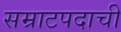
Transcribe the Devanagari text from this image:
सम्राटपदाची